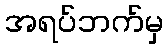
အရပ်ဘက်မှ